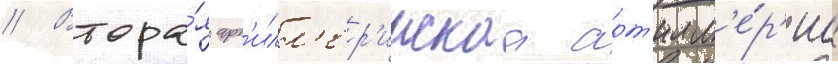
// Втора́я арт'илл'ер'иискаа арт'илл'е́р'иа